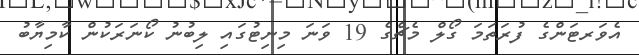
އެވަރޓަންގެ ފުރަތަމަ ގޯލް މެޗްގެ 19 ވަނަ މިނިޓުގައި ލިބުނު ކޯނަރަކުން ކާމިޔާބު